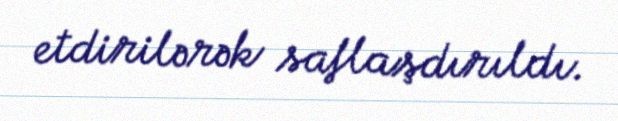
etdirilərək saflaşdırıldı.